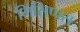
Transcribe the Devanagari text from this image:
मिसिप्पस